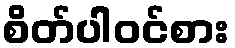
စိတ်ပါဝင်စား